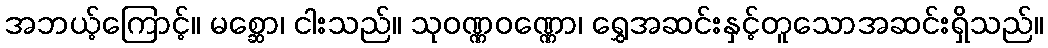
အဘယ့်ကြောင့်။ မစ္ဆော၊ ငါးသည်။ သုဝဏ္ဏဝဏ္ဏော၊ ရွှေအဆင်းနှင့်တူသောအဆင်းရှိသည်။